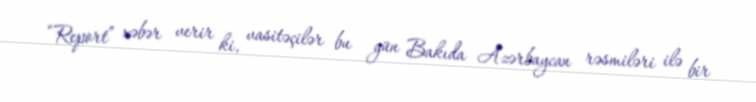
“Report” xəbər verir ki, vasitəçilər bu gün Bakıda Azərbaycan rəsmiləri ilə bir